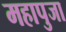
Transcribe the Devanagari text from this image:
महापुजा